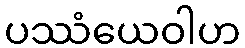
ပဿံယေဝါဟ